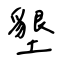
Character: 墾